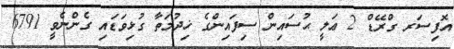
އޮފިސަރ ގްރޭޑް 2 ޢަލީ ޙުސައިން ސިފައިންގެ ޚިދުމަތާ ގުޅިވަޑައި ގެންނެވީ 6791